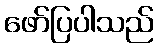
ဖော်ပြပါသည်